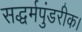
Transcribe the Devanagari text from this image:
सद्धर्मपुंडरीक।